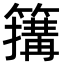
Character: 簼